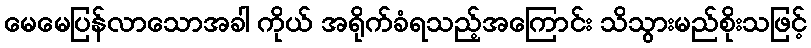
မေမေပြန်လာသောအခါ ကိုယ် အရိုက်ခံရသည့်အကြောင်း သိသွားမည်စိုးသဖြင့်